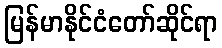
မြန်မာနိုင်ငံတော်ဆိုင်ရာ